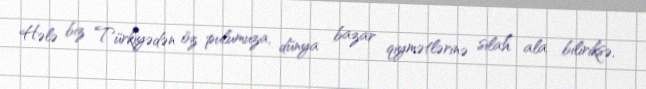
Hələ biz Türkiyədən öz pulumuza, dünya bazar qiymətlərinə silah ala biliriksə,